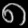
Digit: ၈